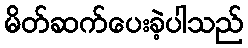
မိတ်ဆက်ပေးခဲ့ပါသည်